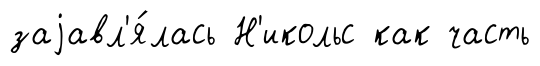
заjавл'я́лась Н'икольс как часть